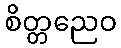
စိတ္တညေဝ